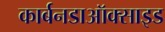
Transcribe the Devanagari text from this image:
कार्बनडाऑक्साइड